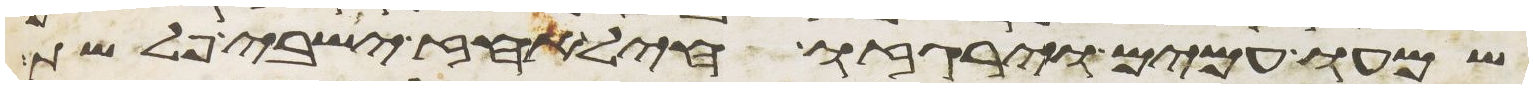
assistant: שמעו עמים וירגזו חיל אחז ישבי פלשת